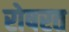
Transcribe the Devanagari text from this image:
रोषरत